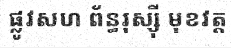
ផ្លូវសហ ព័ន្ធរុស្ស៊ី មុខវត្ត